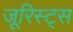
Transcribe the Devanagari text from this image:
जूरिस्ट्स